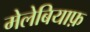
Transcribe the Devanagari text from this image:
मेलेबियाफ़